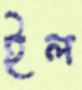
ইল